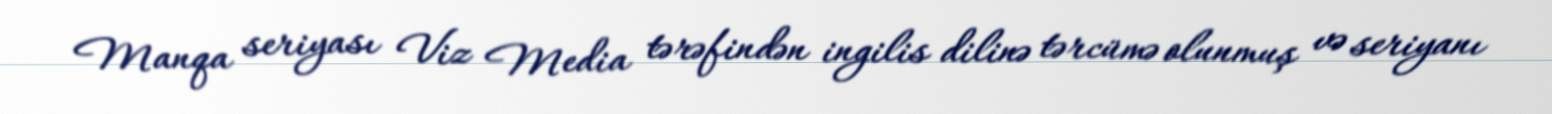
Manqa seriyası Viz Media tərəfindən ingilis dilinə tərcümə olunmuş və seriyanı